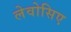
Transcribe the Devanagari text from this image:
लेवोसिए